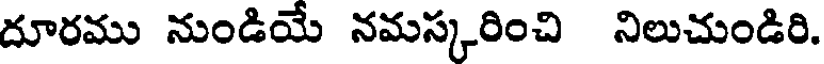
దూరము నుండియే నమస్కరించి నిలుచుండిరి.